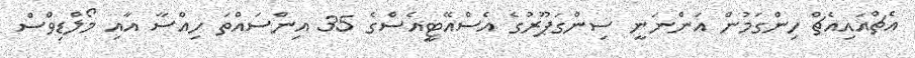
އެޗްއައިއެޗް ހިންގަމުން އަންނަނީ ސިންގަޕޫރުގެ އެސްއޭޓީއެސްގެ 35 އިންސައްތަ ހިއްސާ އާއި މޯލްޑިވްސް